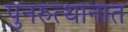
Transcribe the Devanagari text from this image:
पुनरुत्थानात